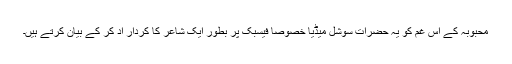
محبوبہ کے اس غم کو یہ حضرات سوشل میڈیا خصوصاََ فیسبک پر بطورِ ایک شاعر کا کردار اد کر کے بیان کرتے ہیں۔